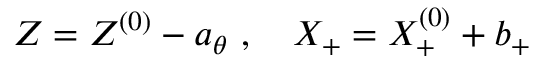
Z = Z ^ { ( 0 ) } - a _ { \theta } ~ , ~ ~ ~ X _ { + } = X _ { + } ^ { ( 0 ) } + b _ { + }